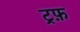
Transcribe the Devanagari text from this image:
ट्रफ़